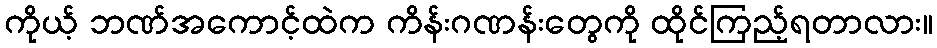
ကိုယ့် ဘဏ်အကောင့်ထဲက ကိန်းဂဏန်းတွေကို ထိုင်ကြည့်ရတာလား။